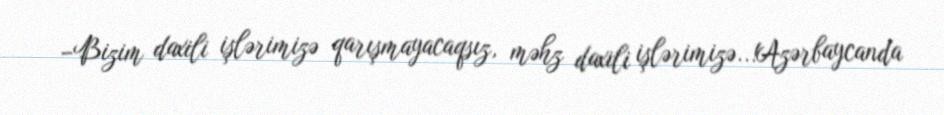
–Bizim daxili işlərimizə qarışmayacaqsız, məhz daxili işlərimizə..!Azərbaycanda